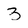
Character: 3